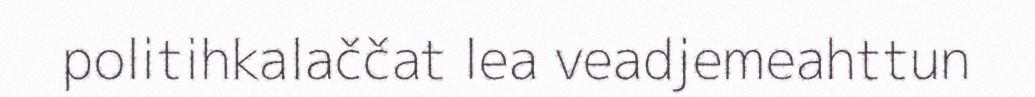
politihkalaččat lea veadjemeahttun